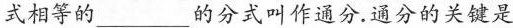
式相等的___的分式叫作通分.通分的关键是